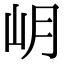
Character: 岄